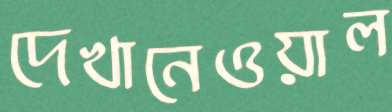
দেখানেওয়াল